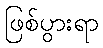
ဖြစ်ပွားရာ